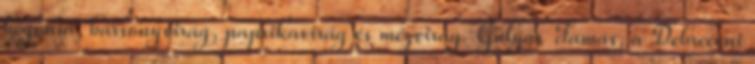
begónia, bársonyvirág, paprikavirág és mézvirág. Gulyás Tamás, a Debreceni